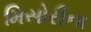
મિસોરીના